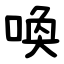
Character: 喚